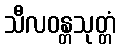
သီလဝန္တသုတ္တံ